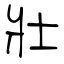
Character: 壯